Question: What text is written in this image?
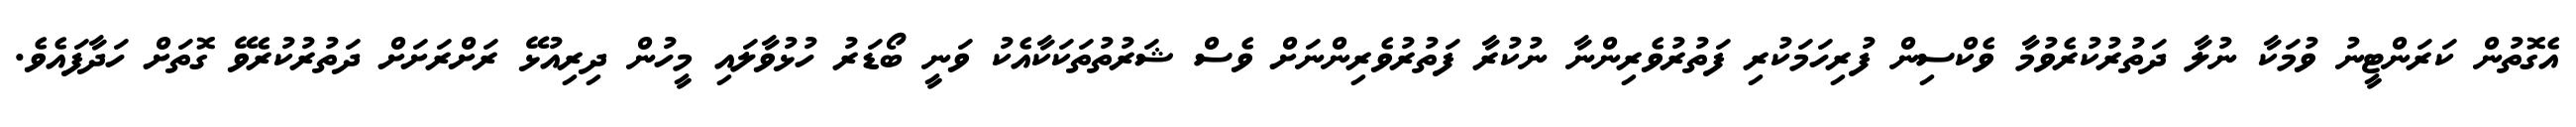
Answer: އެގޮތުން ކަރަންޓީނު ވުމަކާ ނުލާ ދަތުރުކުރެވުމާ ވެކްސިން ފުރިހަމަކުރި ފަތުރުވެރިންނާ ނުކުރާ ފަތުރުވެރިންނަށް ވެސް ޝަރުތުތަކަކާއެކު ވަނީ ބޯޑަރު ހުޅުވާލައި މީހުން ދިރިއުޅޭ ރަށްރަށަށް ދަތުރުކުރެވޭ ގޮތަށް ހަދާފައެވެ.